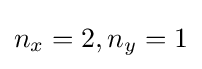
n_{x}=2,n_{y}=1